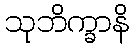
သုဘိက္ခာနိ